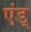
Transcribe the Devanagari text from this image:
एंड्